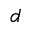
d